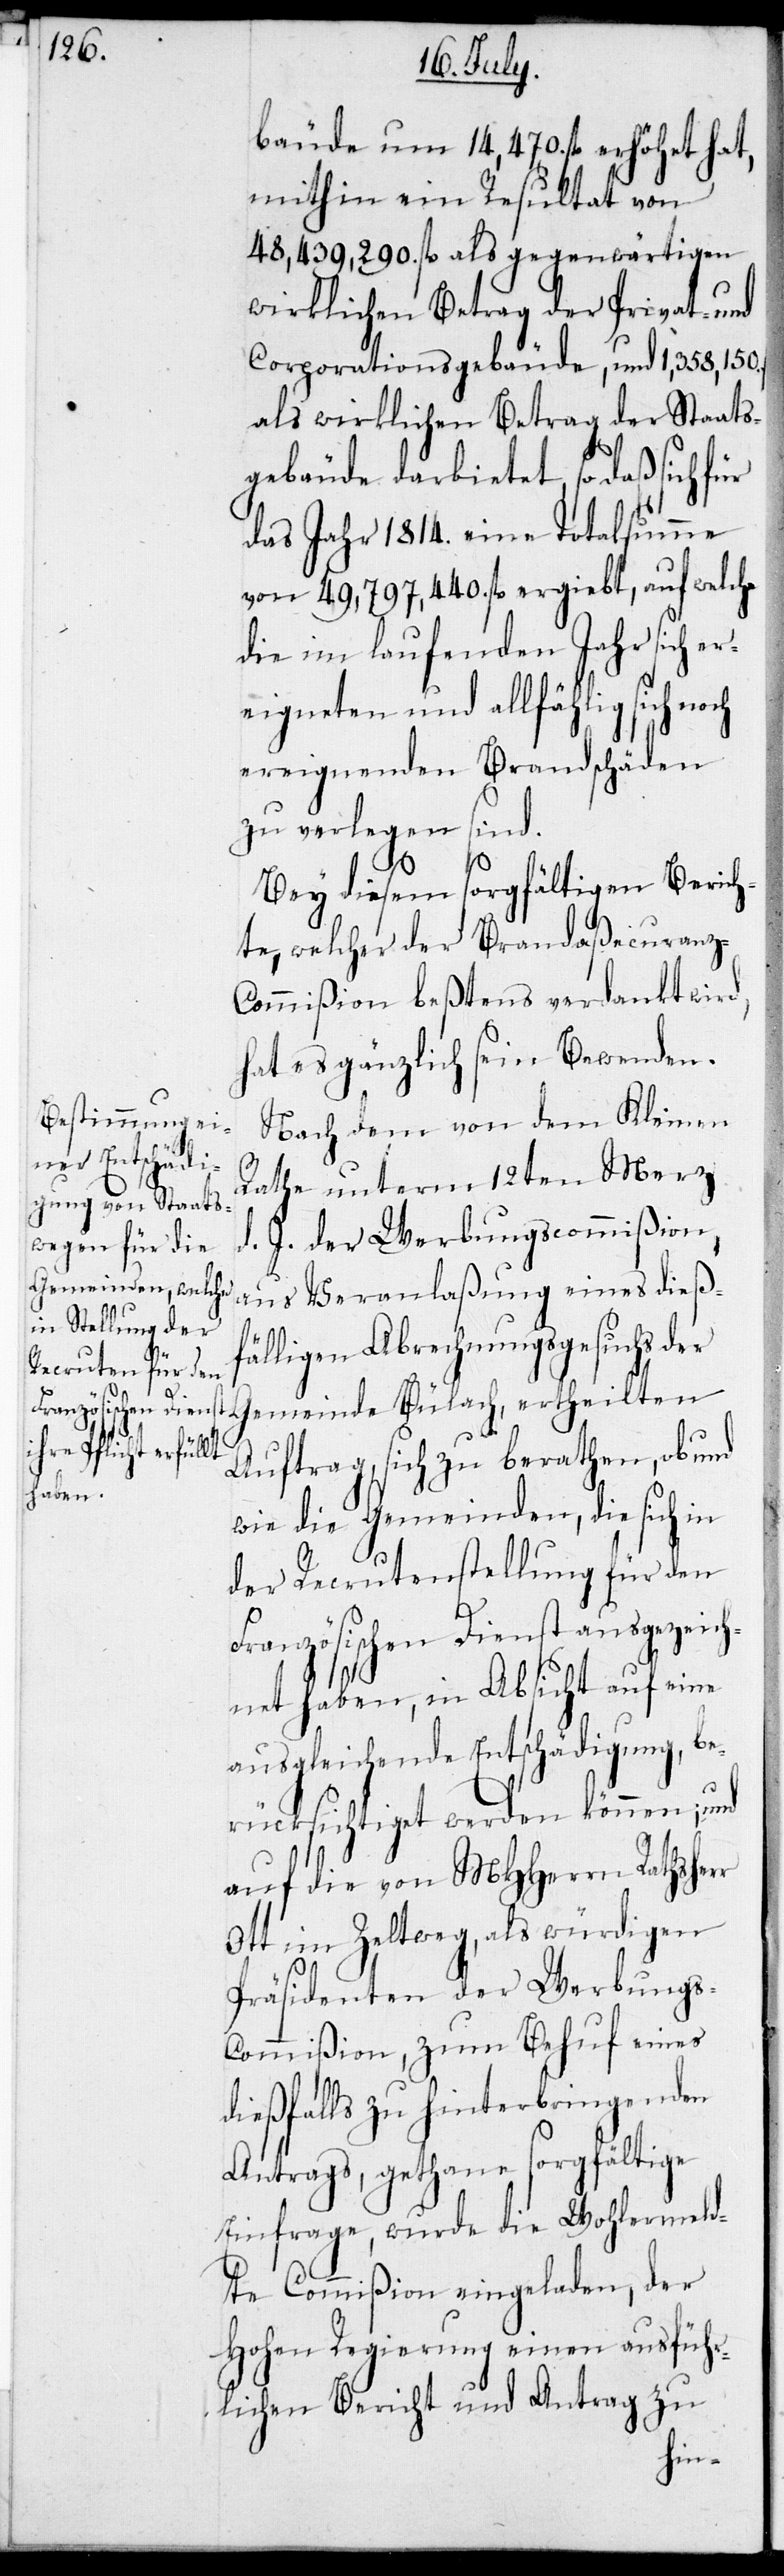
bäude um 14, 470. fl. erhöhet hat,
mithin ein Resultat von
48,439,290. fl. als gegenwärtigen
wirklichen Betrag der Privat- und
Corporationsgebäude, und 1,358,150.
als wirklichen Betrag der Staats¬
gebäude darbietet, so daß sich für
das Jahr 1814. eine Totalsumme
von 49,797,440. fl. ergiebt, auf welche
die im laufenden Jahr sich er¬
eigneten und allfählig sich
ereignenden Brandschäden
zu verlegen sind.
Bey diesem sorgfältigen Berich¬
te, welcher der Brandaßecuranz-C¬
ommißion beßtens verdankt wird,
hat es gänzlich sein Bewenden.
Nach dem von dem Kleinen
Rathe unterm 12ten Merz
d. J. der Werbungscommißion,
aus Veranlaßung eines dießf¬
älligen Abrechnungsgesuchs der
Gemeinde Bülach, ertheilten
Auftrag, sich zu berathen, ob und
wie die Gemeinden, die sich in
der Rekcrutenstellung für den
Französischen Dienst ausgezeich¬
net haben, in Absicht auf eine
ausgleichende Entschädigung, be¬
rücksichtiget werden können; und
auf die von MHHerrn Raths¬
Ott im Zeltweg, als würdigen
Präsidenten der Werbung¬
s-Commißion, zum Behuf eines
dießfalls zu hinterbringenden
Antrags, gethane sorgfältige
Einfrage, wurde die Wohlermeld¬
ete Commißion eingeladen, der
Hohen Regierung einen ausführ¬
lichen Bericht und Antrag zu
herr